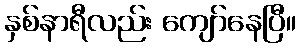
နှစ်နာရီလည်း ကျော်နေပြီ။